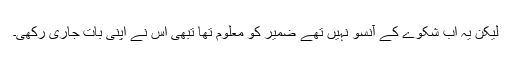
لیکن یہ اب شکوے کے آنسو نہیں تھے ضمیر کو معلوم تھا تبھی اس نے اپنی بات جاری رکھی۔